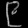
Digit: ၉